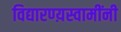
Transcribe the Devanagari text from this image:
विद्यारण्य़स्वामींनी